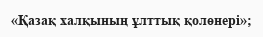
«Қазақ халқының ұлттық қолөнері»;